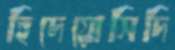
হিদেয়োসিদি